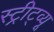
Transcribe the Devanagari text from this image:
स्ट्रीट्व्यू